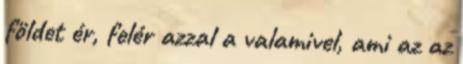
földet ér, felér azzal a valamivel, ami az az